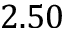
2 . 5 0